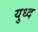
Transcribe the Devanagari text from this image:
युध्‍द